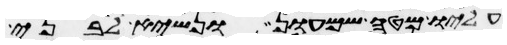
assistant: עליו מטה שמעון ונשיא לבני